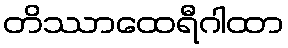
တိဿာထေရီဂါထာ